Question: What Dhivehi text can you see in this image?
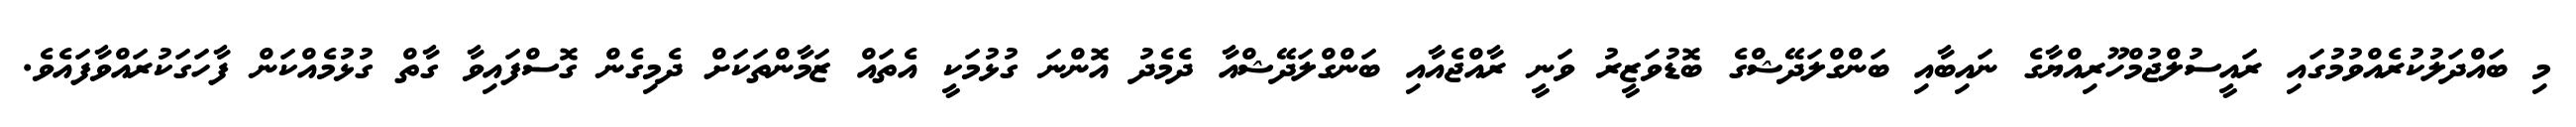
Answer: މި ބައްދަލުކުރެއްވުމުގައި ރައީސުލްޖުމްހޫރިއްޔާގެ ނައިބާއި ބަންގްލަދޭޝްގެ ބޮޑުވަޒީރު ވަނީ ރާއްޖެއާއި ބަންގްލަދޭޝްއާ ދެމެދު އޮންނަ ގުޅުމަކީ އެތައް ޒަމާންތަކަށް ދެމިގެން ގޮސްފައިވާ ގާތް ގުޅުމެއްކަން ފާހަގަކުރައްވާފައެވެ.